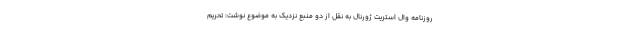
روزنامه وال استریت ژورنال به نقل از دو منبع نزدیک به موضوع نوشت: تحریم